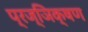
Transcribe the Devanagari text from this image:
प्रज्ञिक्षण